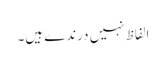
الفاظ نہیں درندے ہیں۔